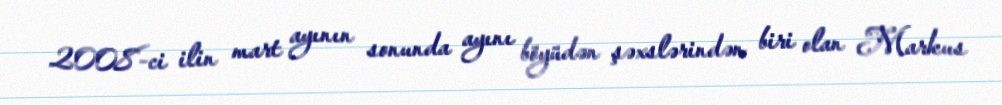
2008-ci ilin mart ayının sonunda ayını böyüdən şəxslərindən biri olan Markus